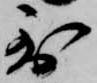
到